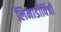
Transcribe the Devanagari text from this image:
लिनार्डोविंची